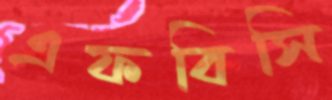
এফবিসি